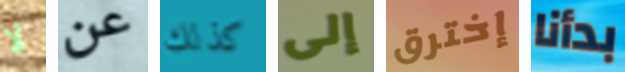
لا عن كذلك إلى إخترق بدأنا